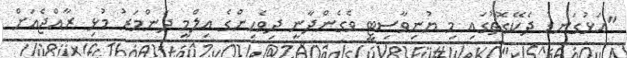
"އަޅުގަނޑު ދެކޭގޮތުގައި މި ޔުނިވާސިޓީ ވެގެންދާނީ ދިވެހިންގެ އިލްމީ ދަންމަރު މުޅި ރާއްޖެއަށް